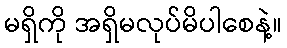
မရှိကို အရှိမလုပ်မိပါစေနဲ့။